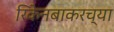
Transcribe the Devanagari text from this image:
रिकेनबाकरच्या